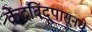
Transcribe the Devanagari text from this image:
केंद्रबिंदूपासूनचे